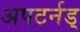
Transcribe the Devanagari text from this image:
अपटर्नड्